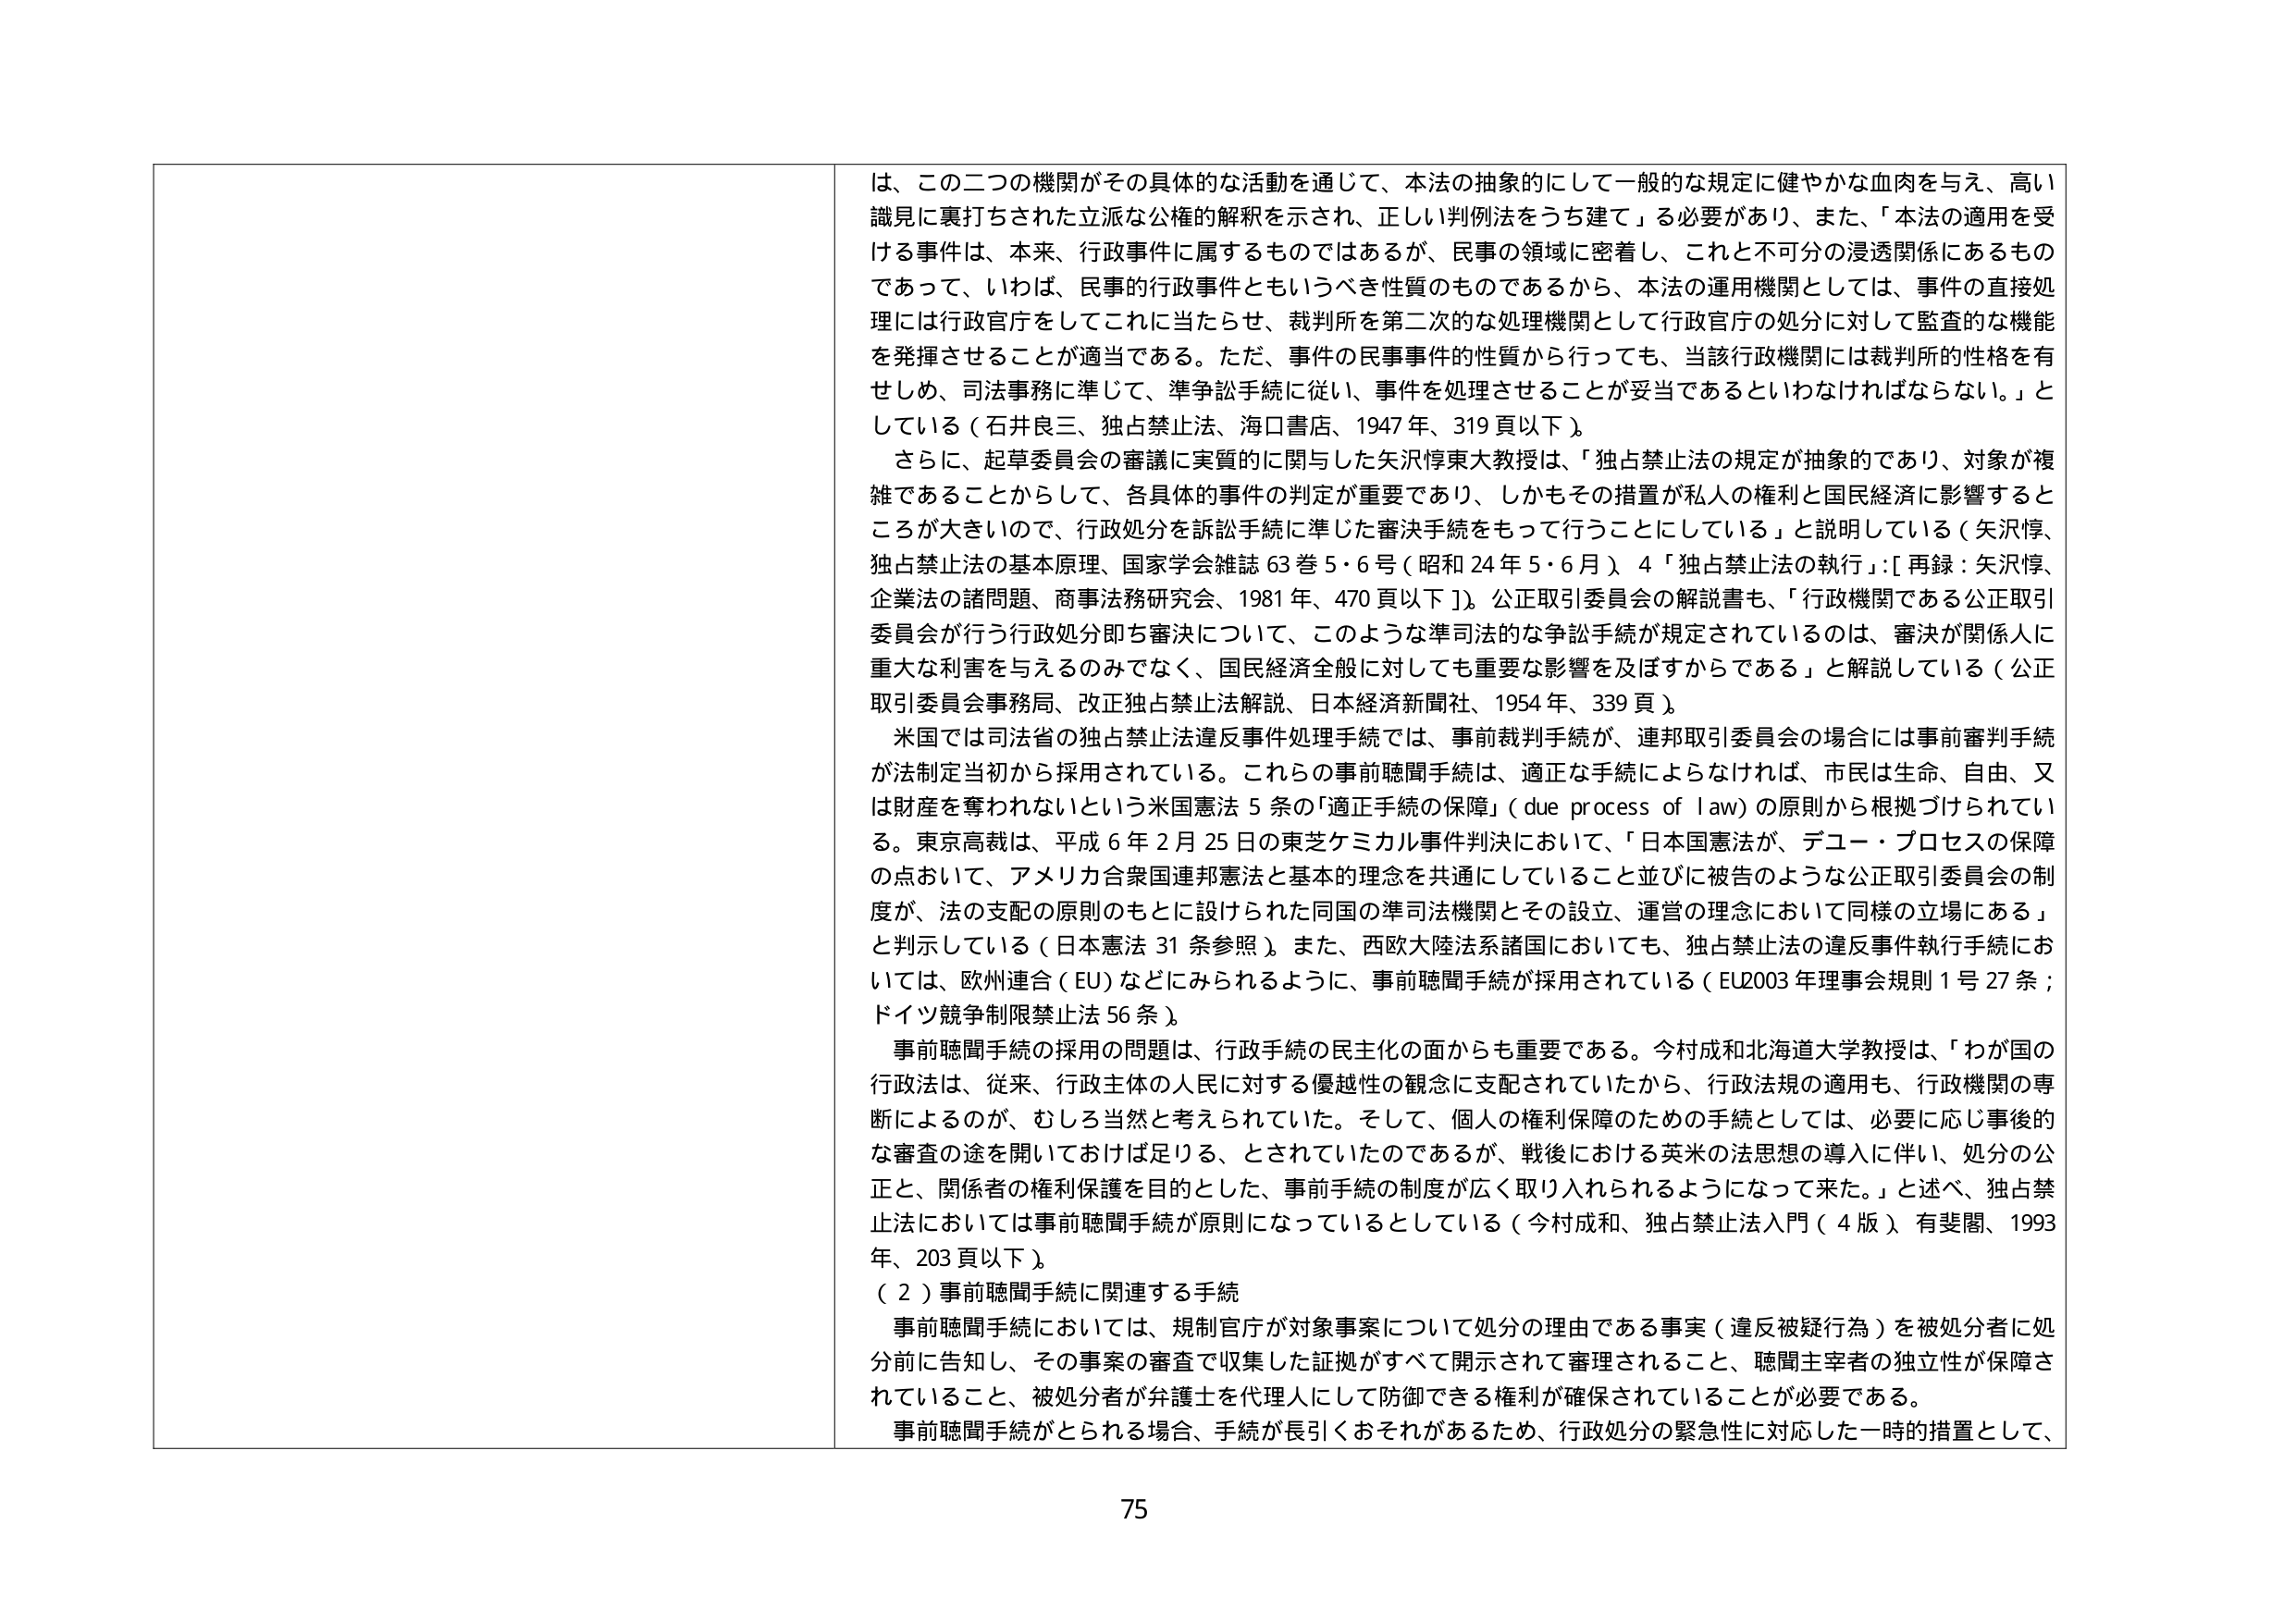
は、この二つの機関がその具体的な活動を通じて、本法の抽象的にして一般的な規定に健やかな血肉を与え、高い
識見に裏打ちされた立派な公権的解釈を示され、正しい判例法をうち建て」る必要があり、また、「本法の適用を受
ける事件は、本来、行政事件に属するものではあるが、民事の領域に密着し、これと不可分の浸透関係にあるもの
であって、いわば、民事的行政事件ともいうべき性質のものであるから、本法の運用機関としては、事件の直接処
理には行政官庁をしてこれに当たらせ、裁判所を第二次的な処理機関として行政官庁の処分に対して監査的な機能
を発揮させることが適当である。ただ、事件の民事事件的性質から行っても、当該行政機関には裁判所的性格を有
せしめ、司法事務に準じて、準争訟手続に従い、事件を処理させることが妥当であるといわなければならない。」と
している（石井良三、独占禁止法、海口書店、1947年、319頁以下）。
さらに、起草委員会の審議に実質的に関与した矢沢惇東大教授は、「独占禁止法の規定が抽象的であり、対象が複
雑であることからして、各具体的事件の判定が重要であり、しかもその措置が私人の権利と国民経済に影響すると
ころが大きいので、行政処分を訴訟手続に準じた審査手続をもって行うことにしている」と説明している（矢沢惇、
独占禁止法の基本原理、国家学会雑誌 63巻5・6号（昭和24年5・6月）4「独占禁止法の執行」：[再録：矢沢惇、
企業法の諸問題、商事法務研究会、1981年、470頁以下]）。公正取引委員会の解説書も、「行政機関である公正取引
委員会が行う行政処分即ち審決について、このような準司法的な争訟手続が規定されているのは、審決が関係人に
重大な利害を与えるのみでなく、国民経済全般に対しても重要な影響を及ぼすからである」と解説している（公正
取引委員会事務局、改正独占禁止法解説、日本経済新聞社、1954年、339頁）。
米国では司法省の独占禁止法違反事件処理手続では、事前裁判手続が、連邦取引委員会の場合には事前審判手続
が法制定当初から採用されている。これらの事前聴聞手続は、適正な手続によらなければ、市民は生命、自由、又
は財産を奪われないという米国憲法5条の「適正手続の保障」（due process of law）の原則から根拠づけられてい
る。東京高裁は、平成6年2月25日の東芝ケミカル事件判決において、「日本国憲法が、デュー・プロセスの保障
の点おいて、アメリカ合衆国連邦憲法と基本的理念を共通にしていること並びに被告のような公正取引委員会の制
度が、法の支配の原則のもとに設けられた同国の準司法機関とその設立、運営の理念において同様の立場にある」
と判示している（日本憲法31条参照）。また、西欧大陸法系諸国においても、独占禁止法の違反事件執行手続にお
いては、欧州連合（EU）などにみられるように、事前聴聞手続が採用されている（EU2003年理事会規則1号27条；
ドイツ競争制限禁止法56条）。
事前聴聞手続の採用の問題は、行政手続の民主化の面からも重要である。今村成和北海道大学教授は、「わが国の
行政法は、従来、行政主体の人民に対する優越性の観念に支配されていたから、行政法規の適用も、行政機関の専
断によるのが、むしろ当然と考えられていた。そして、個人の権利保障のための手続としては、必要に応じ事後的
な審査の途を開いておけば足りる、とされていたのであるが、戦後における英米の法思想の導入に伴い、処分の公
正と、関係者の権利保護を目的とした、事前手続の制度が広く取り入れられるようになって来た。」と述べ、独占禁
止法においては事前聴聞手続が原則になっているとしている（今村成和、独占禁止法入門（4版）、有斐閣、1993
年、203頁以下）。
（2）事前聴聞手続に関連する手続
事前聴聞手続においては、規制官庁が対象事案について処分の理由である事実（違反被疑行為）を被処分者に処
分前に告知し、その事案の審査で収集した証拠がすべて開示されて審理されること、聴聞主宰者の独立性が保障さ
れていること、被処分者が弁護士を代理人にして防御できる権利が確保されていることが必要である。
事前聴聞手続がとられる場合、手続が長引くおそれがあるため、行政処分の緊急性に対応した一時的措置として、
75